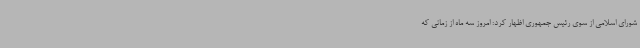
شورای اسلامی از سوی رئیس جمهوری اظهار کرد: امروز سه ماه از زمانی که